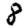
Digit: 8